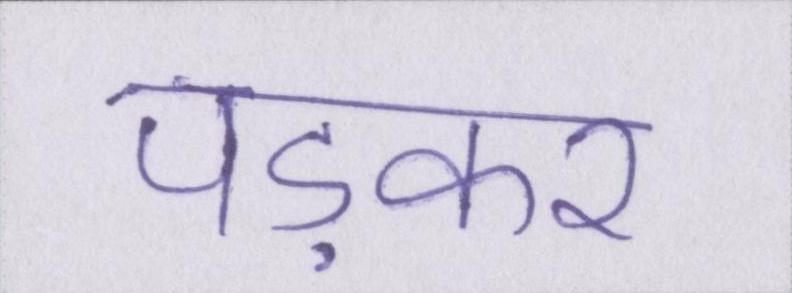
पड़कर